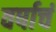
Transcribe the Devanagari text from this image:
वर्षाचं